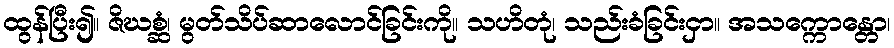
ထွန်ပြီး၍။ ဇိဃစ္ဆံ၊ မွတ်သိပ်ဆာလောင်ခြင်းကို။ သဟိတုံ၊ သည်းခံခြင်းငှာ။ အသက္ကောန္တော၊